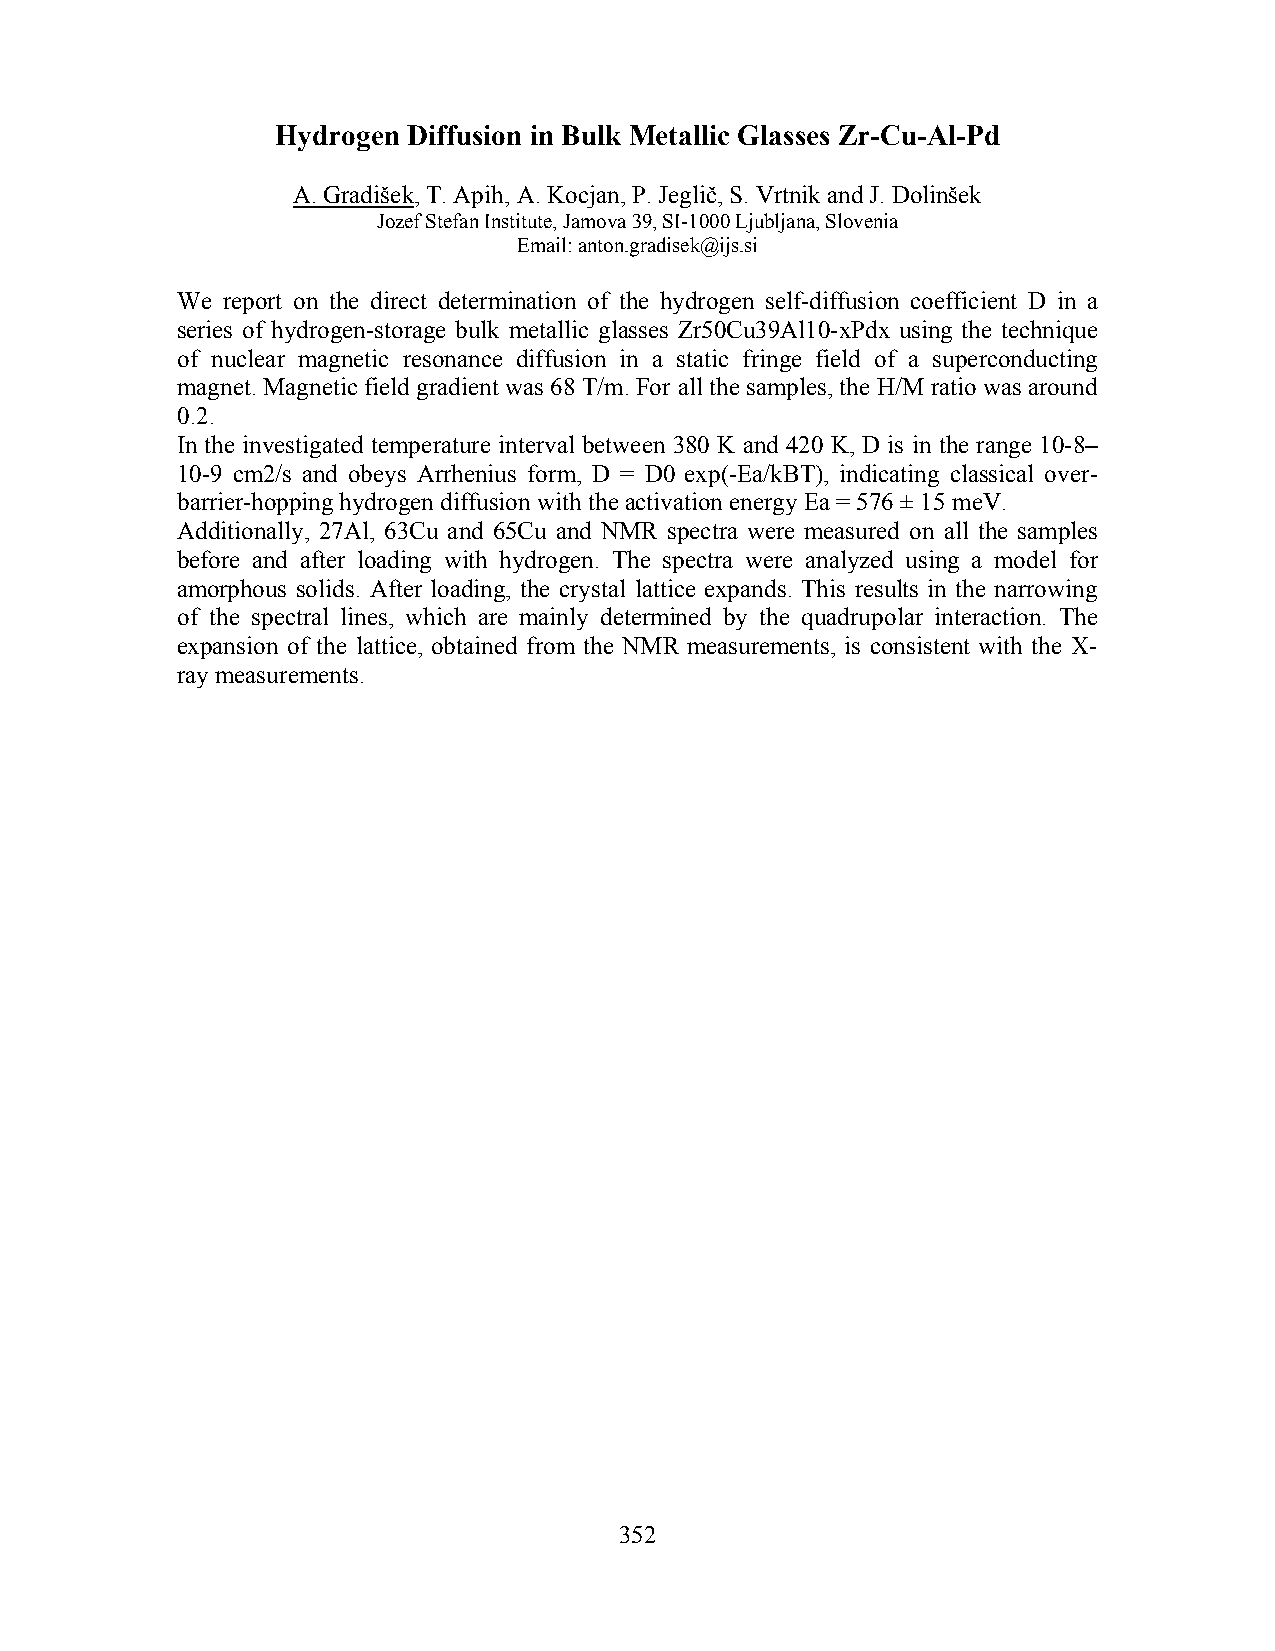
Hydrogen Diffusion in Bulk Metallic Glasses Zr-Cu-Al-Pd
 A. Gradišek, T. Apih, A. Kocjan, P. Jeglič, S. Vrtnik and J. Dolinšek
 Jozef Stefan Institute, Jamova 39, SI-1000 Ljubljana, Slovenia
 Email: anton.gradisek@ijs.si
 We report on the direct determination of the hydrogen self-diffusion coefficient D in a
 series of hydrogen-storage bulk metallic glasses Zr50Cu39Al10-xPdx using the technique
 of nuclear magnetic resonance diffusion in a static fringe field of a superconducting
 magnet. Magnetic field gradient was 68 T/m. For all the samples, the H/M ratio was around
 0.2.
 In the investigated temperature interval between 380 K and 420 K, D is in the range 10-8–
 10-9 cm2/s and obeys Arrhenius form, D = D0 exp(-Ea/kBT), indicating classical over-
 barrier-hopping hydrogen diffusion with the activation energy Ea = 576 ± 15 meV.
 Additionally, 27Al, 63Cu and 65Cu and NMR spectra were measured on all the samples
 before and after loading with hydrogen. The spectra were analyzed using a model for
 amorphous solids. After loading, the crystal lattice expands. This results in the narrowing
 of the spectral lines, which are mainly determined by the quadrupolar interaction. The
 expansion of the lattice, obtained from the NMR measurements, is consistent with the X-
 ray measurements.
 352